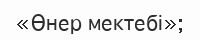
«Өнер мектебі»;